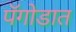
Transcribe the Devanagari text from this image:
पॅगोडात